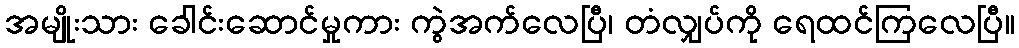
အမျိုးသား ခေါင်းဆောင်မှုကား ကွဲအက်လေပြီ၊ တံလျှပ်ကို ရေထင်ကြလေပြီ။